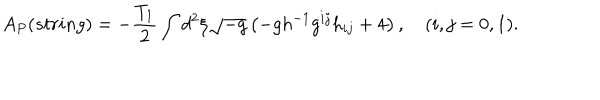
A _ { P } ( s t r i n g ) = - \frac { T _ { 1 } } { 2 } \int d ^ { 2 } { \xi } \sqrt { - g } \left( - g h ^ { - 1 } g ^ { i j } h _ { i j } + 4 \right) , ( i , j = 0 , 1 ) .